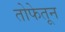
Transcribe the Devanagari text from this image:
तोफेतून